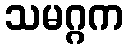
သမဂ္ဂက